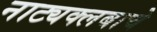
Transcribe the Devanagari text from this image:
नाट्यक्लबाचे